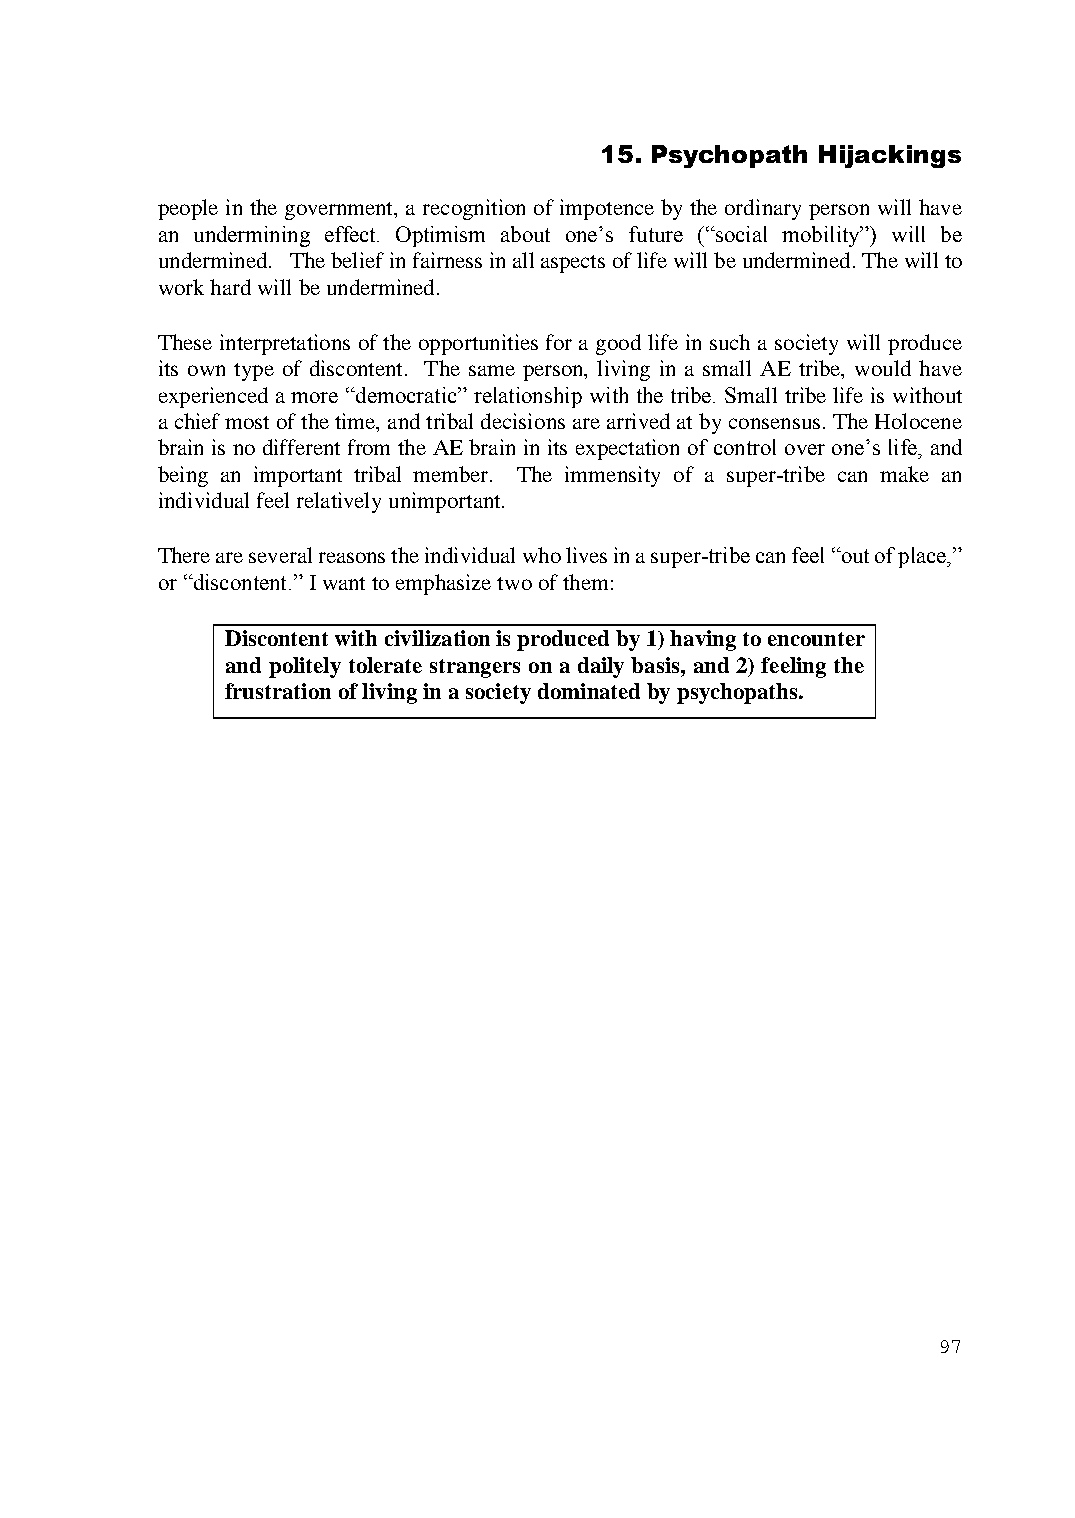
15. Psychopath Hijackings
 people in the government, a recognition of impotence by the ordinary person will have
 an undermining effect. Optimism about one’s future (“social mobility”) will be
 undermined. The belief in fairness in all aspects of life will be undermined. The will to
 work hard will be undermined.
 These interpretations of the opportunities for a good life in such a society will produce
 its own type of discontent. The same person, living in a small AE tribe, would have
 experienced a more “democratic” relationship with the tribe. Small tribe life is without
 a chief most of the time, and tribal decisions are arrived at by consensus. The Holocene
 brain is no different from the AE brain in its expectation of control over one’s life, and
 being an important tribal member. The immensity of a super-tribe can make an
 individual feel relatively unimportant.
 There are several reasons the individual who lives in a super-tribe can feel “out of place,”
 or “discontent.” I want to emphasize two of them:
 Discontent with civilization is produced by 1) having to encounter
 and politely tolerate strangers on a daily basis, and 2) feeling the
 frustration of living in a society dominated by psychopaths.
 97